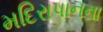
મદિરાપાનના